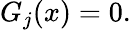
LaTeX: G_{j}(x)=0.